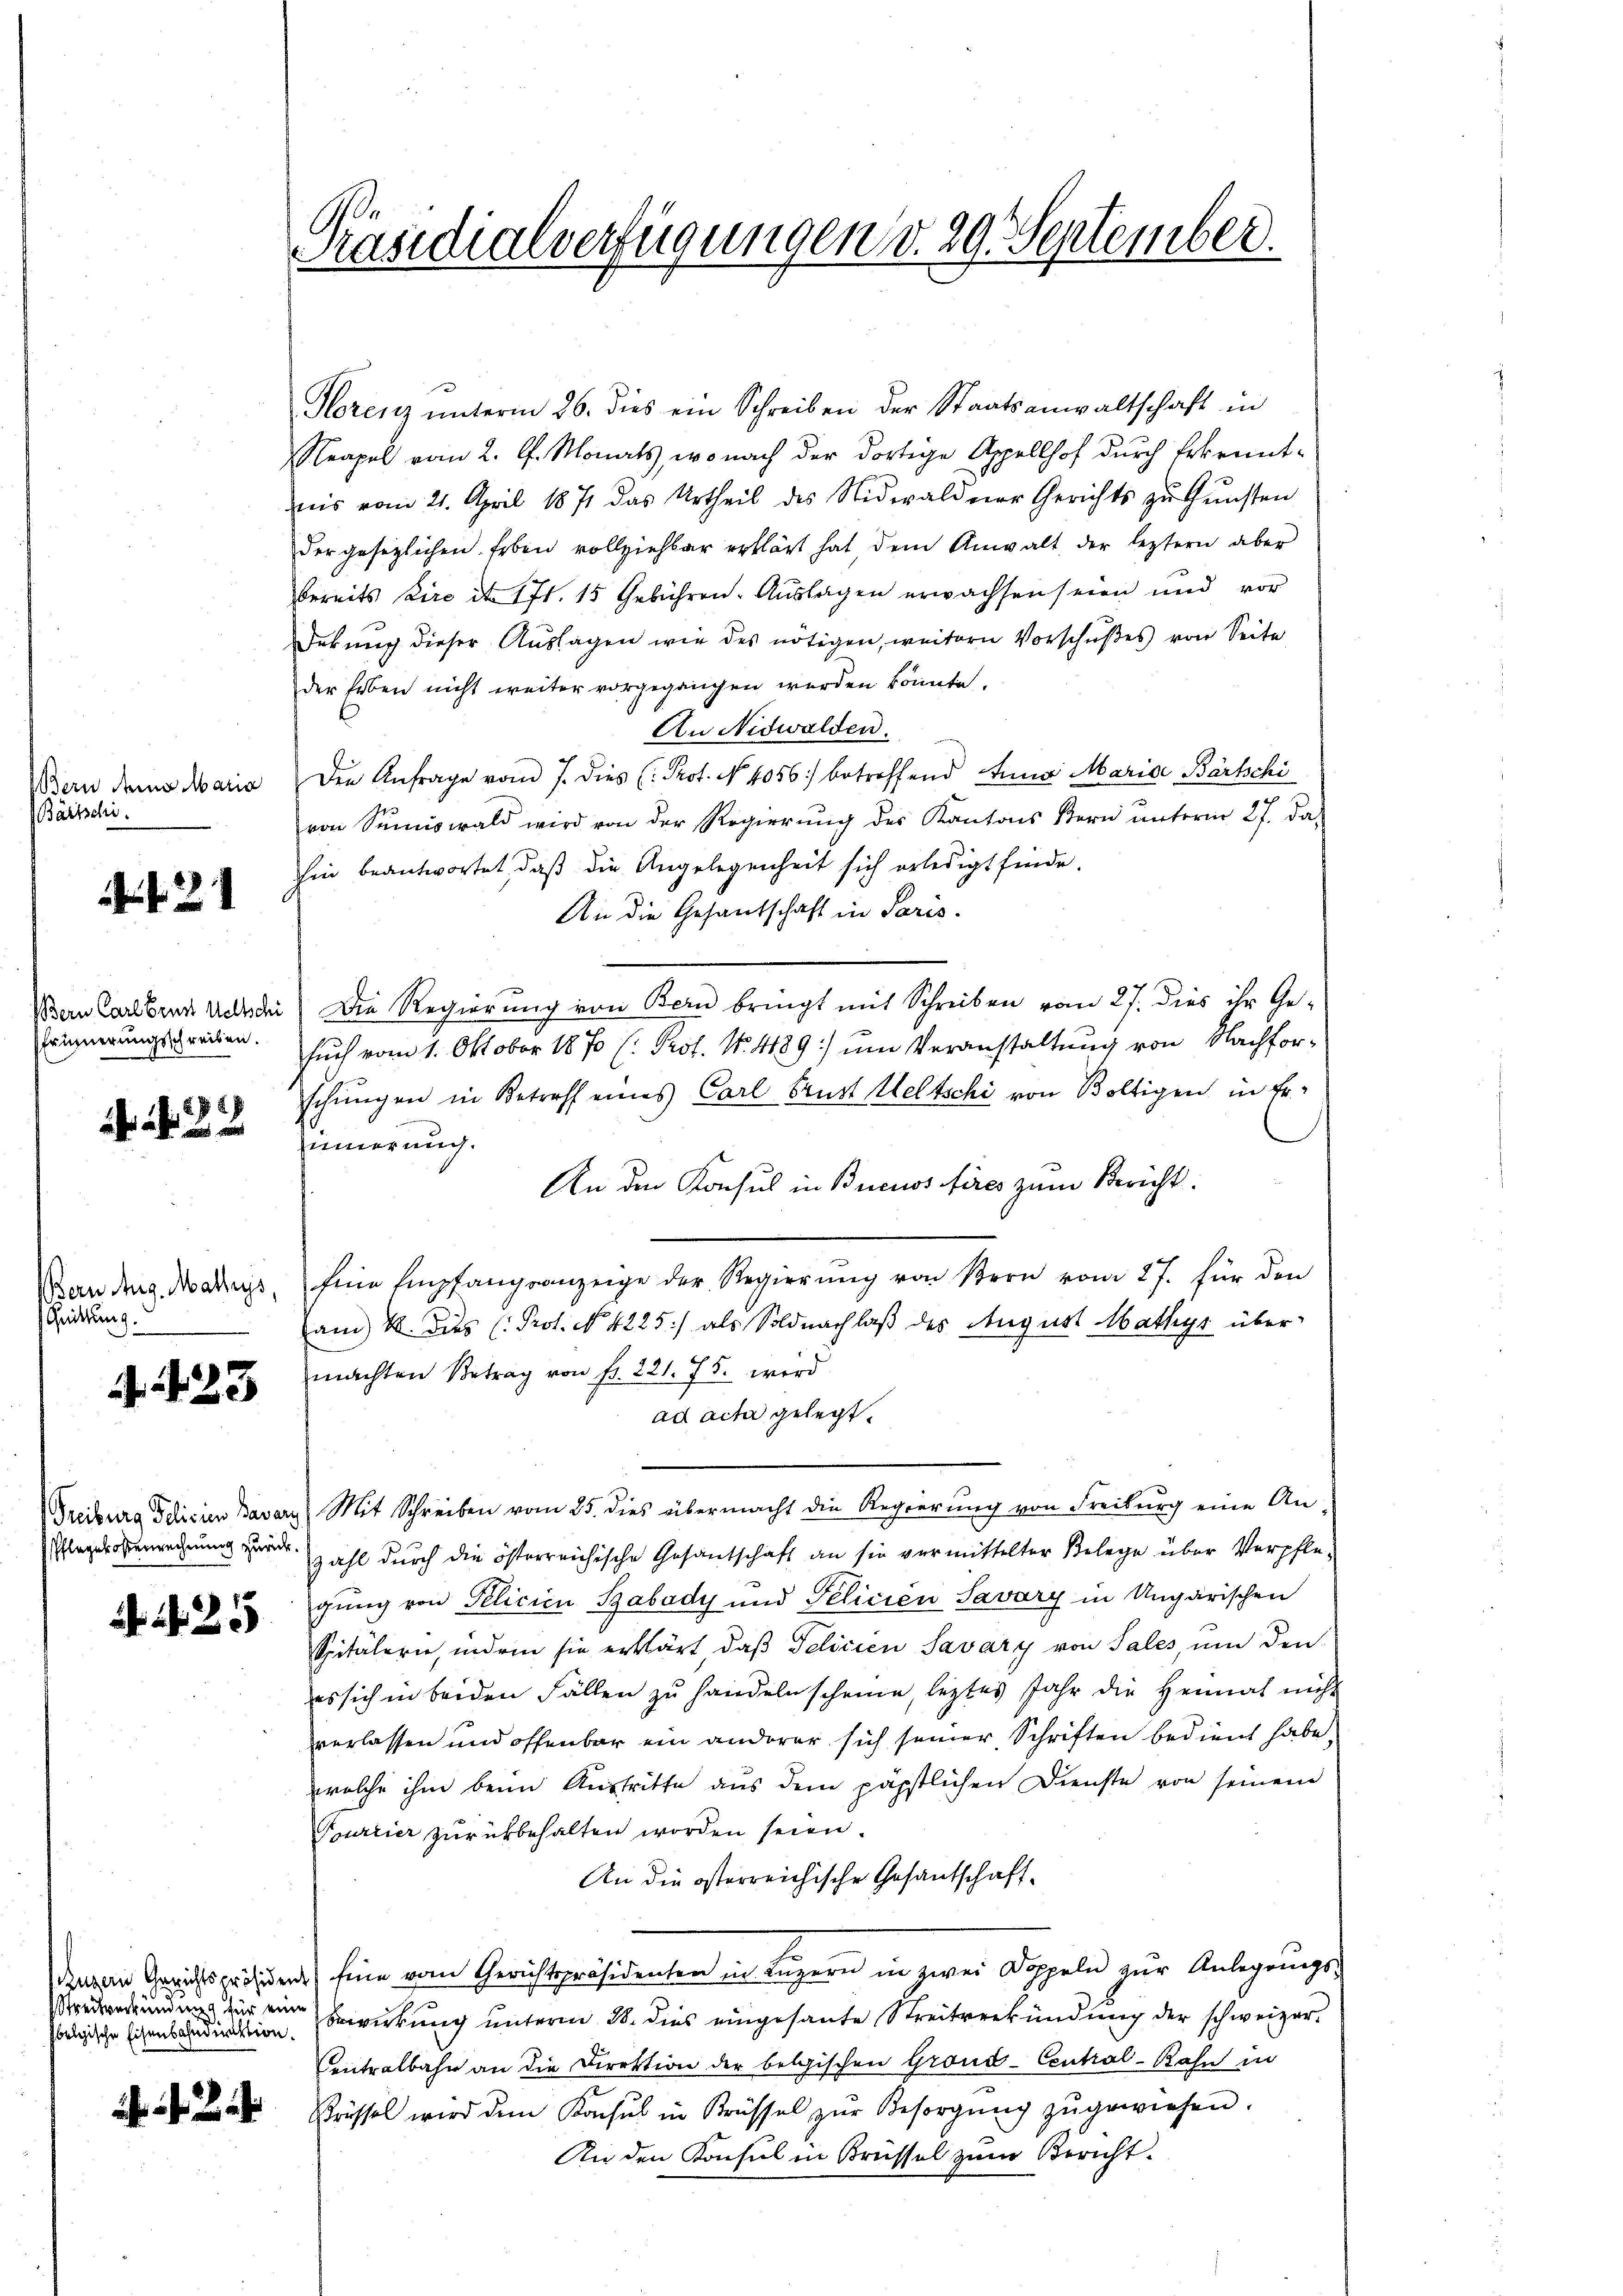
Bern dem Maria
Bartschi.

2

Bern Carl Brust Wellschi
Pfrünnerungsschreiben.

22

Bern Aug. Mathys,
Grittung.

4. 23

Pflegekostenrechnung zurück.

N. 25

belgische Eisenbahndirektion.

Präsidialverfügungen v. 29. September.

Hlorenz ŭnterm 26. dies ein Schreiben der Staatsanwaltschaft in
Neapel vom 2. J. Monats, wonach der dortige Appellhof durch Erkenntnis vom 21. April 1871 das Urtheil des Nidwaldner Gerichts zŭ Gŭnsten
der gesetzlichen Erben vollziehbar erklärt hat, dem Anwalt der leztern aber
bereits ire et 171. 15 Gebühren. Auslagen erwachsen seien und vor
Dekung dieser Auslagen wie des nötigen, weitern Vorschußes von Seite
der Erben nicht weiter vorgegangen werden könnte.
An Nidwalden.
Den Anfrage vom 7. dies (: Prot. No. 4056) betreffend Anna Maria Bartschi
von Summiswald wird von der Regierung des Kantons Bern unterm 27. da
hin beantwortet, daß die Angelegenheit sich erledigt finde.
An die Gesantschaft in Paris.
Die Regierung von Bern bringt mit Schreiben vom 27. dies ihr Ge-
such vom 1. Oktober 1870 (: Prof. No. 489) um Veranstaltung von Nachforschungen in Betreff eines Carl Brust Weltschi von Boltigen in Er
innerung.
An den Konsul in Buenos Aires zum Bericht:
Eine Empfangsanzeige der Regierung von Bern vom 27. für den
am 4. Dus (Prot. N. 4225) als Soldnachlaß des August Mathys übermachten Betrag von fr. 221. 75. wird
ad acta gelegt.
Treiburg Jelicien Bavarz) Mit Schreiben vom 25. dies übermacht die Regierung von Freiburg eine An-
zahl durch die österreichische Gesandschaft an sie vermittelter Belege über Verpfle-
gung von Pelicien Babady und Felicien Savary in Ungarischen
Spitälern, indem sie erklärt, daß Gelicien Savary von Sales um den
es sich in beiden Fällen zu handeln scheine, leztes Jahr die Heimat nicht
verlassen und offenbar ein anderer sich seiner Schriften bedient habe.
welche ihm beim Austritte aus dem päpstlichen Dienste von seinem
Tourrier zurükbehalten worden seien.
An die österreichische Gesandschaffagen Gerichtspräsiden Eine vom Gerichtspräsidenten in Luzern in zwei Doppeln zur Anlegungs-
redredundung für eine Erwirkung unterm 28. dies eingesante Streitverkündung der schweizer¬
Centralbahn an die Direktion der belgischen Grond-Central-Bahn in
Brüssel wird dem Konsul in Krüssel zŭr Besorgŭng zŭ gewiesen.
An den Konsul in Brüssel zum Bericht.